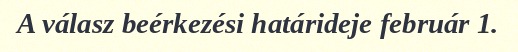
A válasz beérkezési határideje február 1.